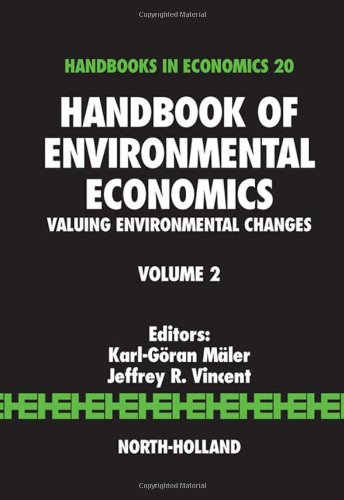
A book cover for Handbook of Environmental Economics, Volume 2: Valuing Environmental Changes; Business & Money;